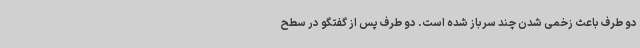
دو طرف باعث زخمی شدن چند سرباز شده است. دو طرف پس از گفتگو در سطح